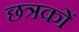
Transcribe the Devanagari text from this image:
छत्रकों